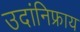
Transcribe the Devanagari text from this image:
उदांनिफ्राय